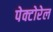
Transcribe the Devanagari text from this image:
पेक्टोरेल